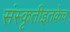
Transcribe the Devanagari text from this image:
संस्कृतीइतकेच